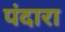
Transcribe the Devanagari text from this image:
पंदारा